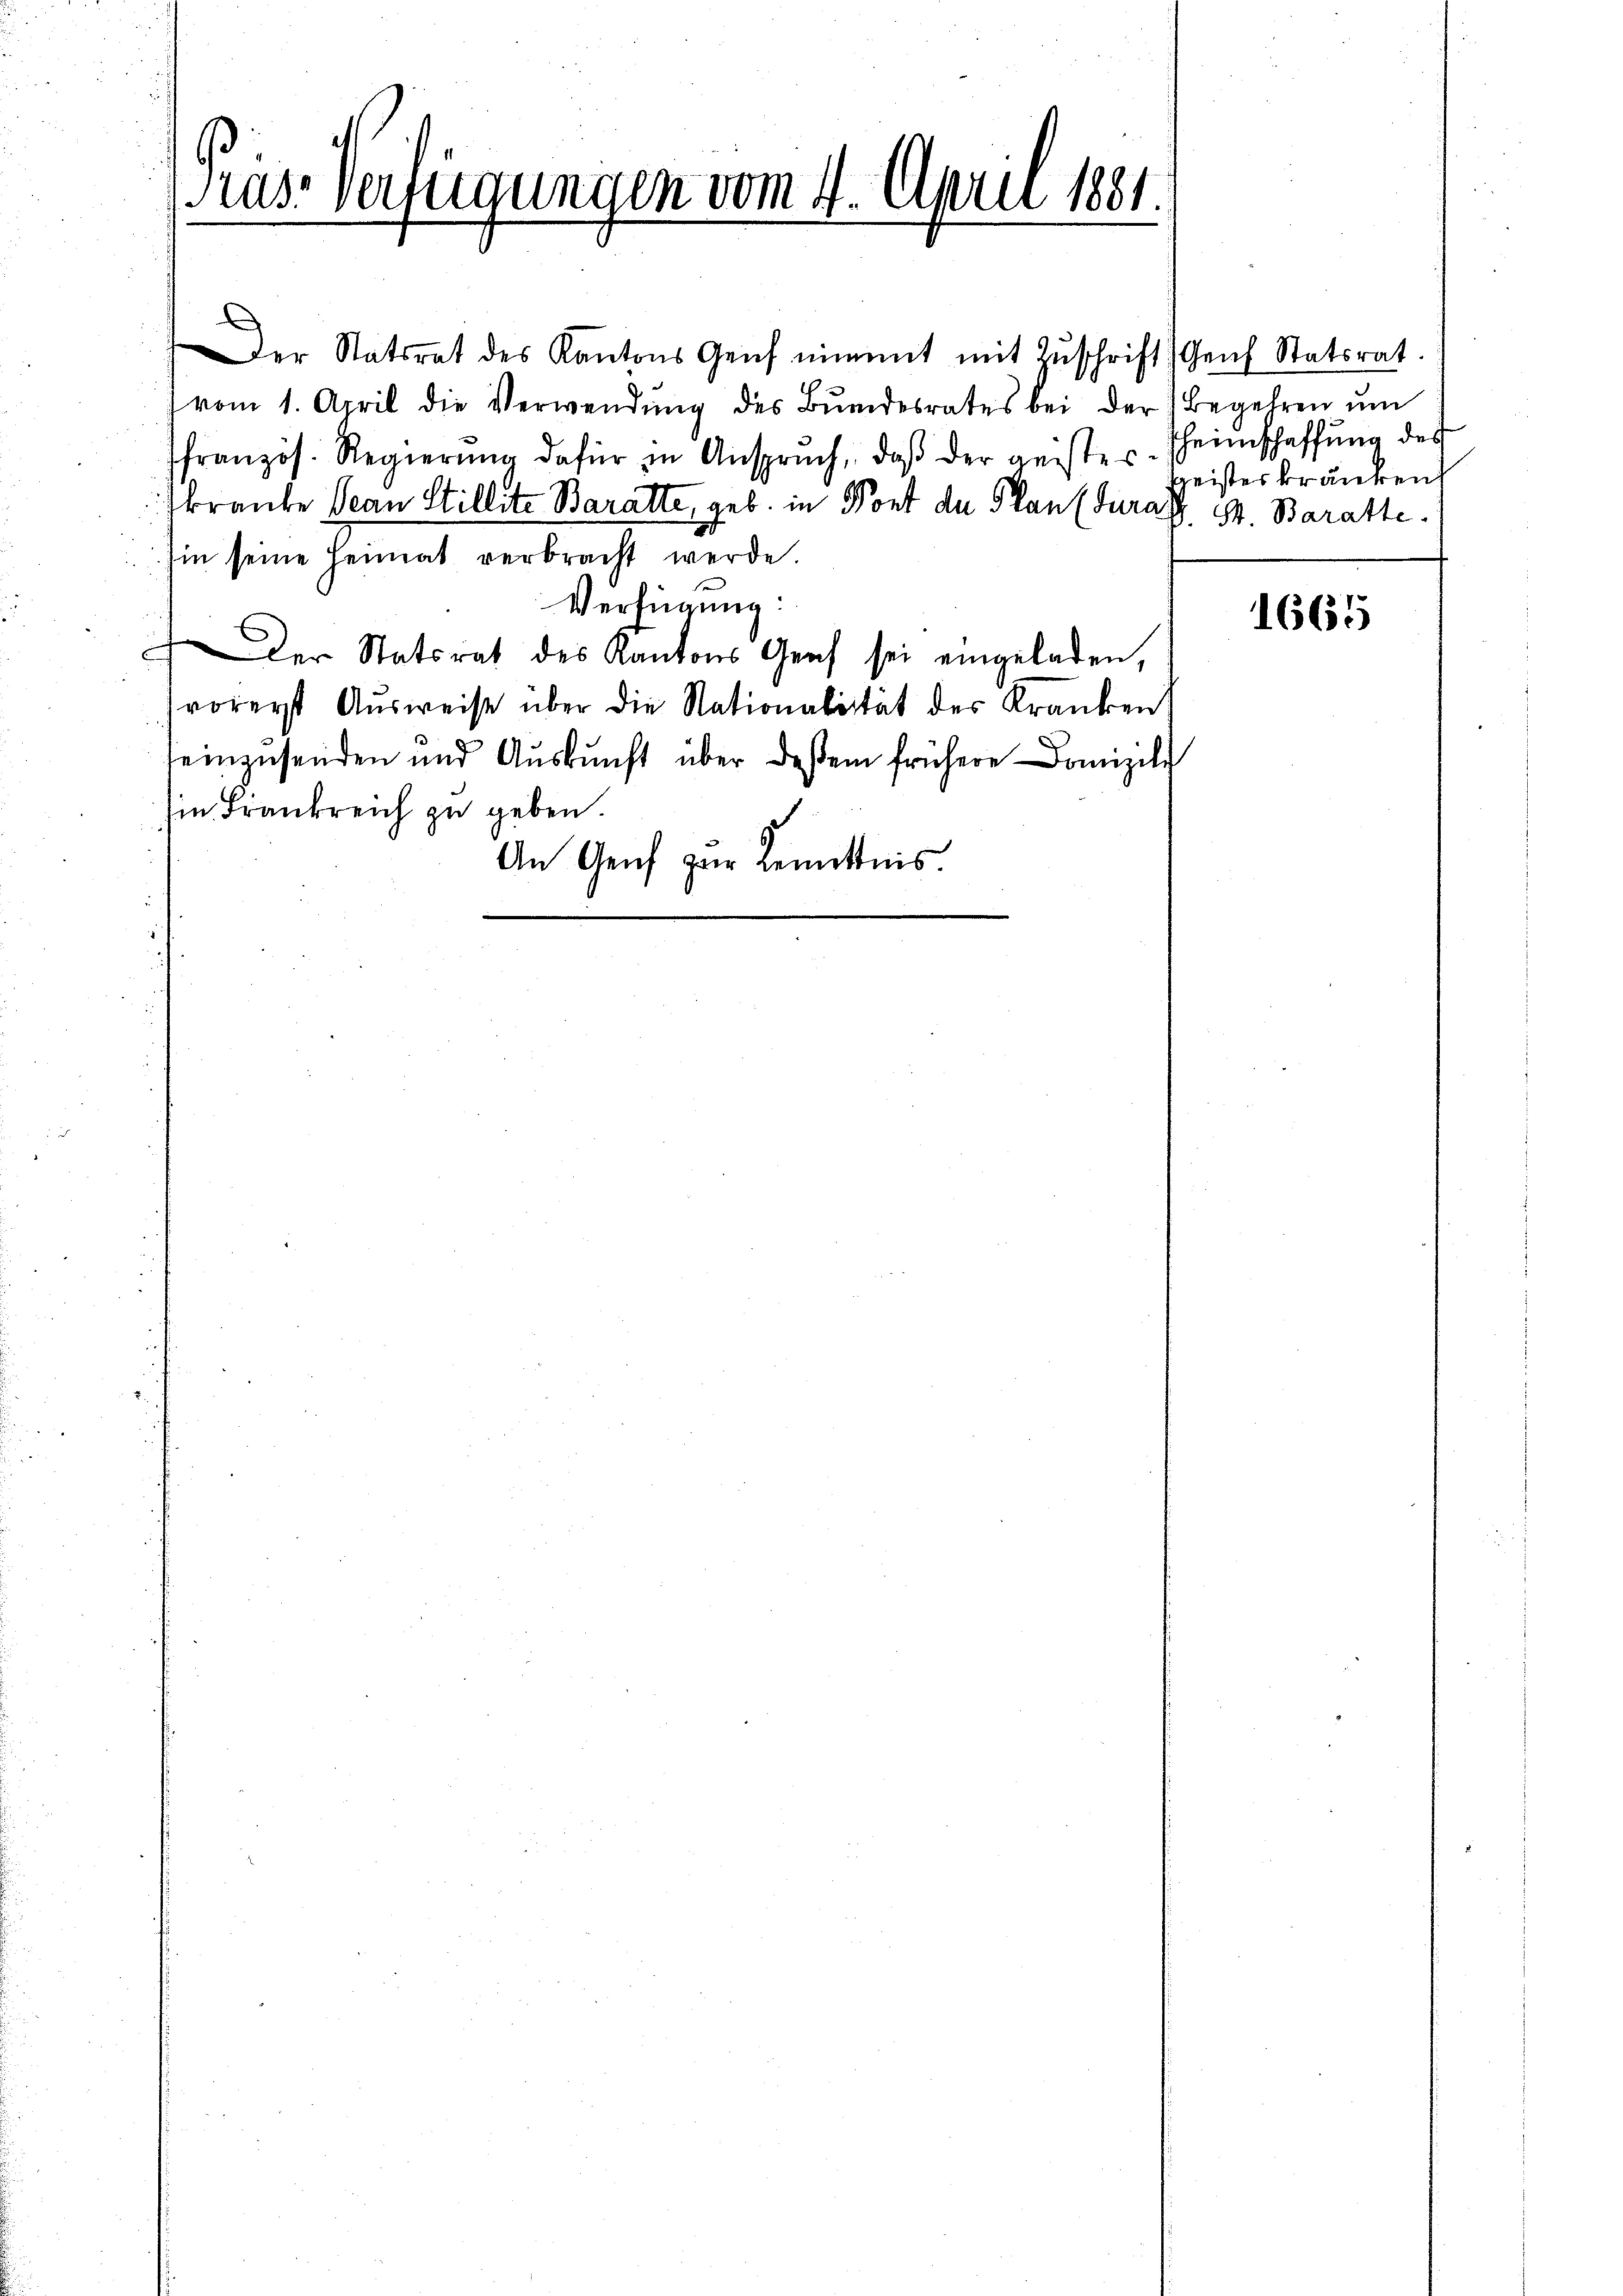
ras-Verfügungen vom 4. April 1881.
.

Der Statsrat des Kantons Genf nimmt mit Zŭschrift Genf Statsrat.
vom 1. April die Verwendŭng des Bŭndesrates bei der Begehren ŭm
französ. Regierŭng dafür in Anspruch, daβ der geister Theimschaffŭng des
kranke Jean Stillite Baratte, geb. in Pont der Plan (Furas, St. Baratte.
hin seine Heimat verbracht werde.
Verfügung:
Der Statsrat des Kantons Graf sei eingeladen,
vorerst Ausweise über die Nationalität des Kranken
einzusenden und Aŭskŭnft über dessem frühere Domizili
in Frankreich zu geben
An Genf zur Kenntnis

geistes kränken

1665